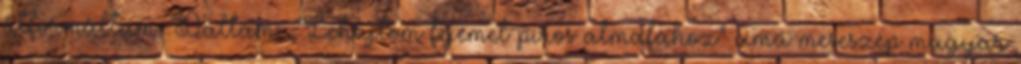
átformáltam. Dallam: „Lehajtom fejemet piros almafához” című meseszép magyar